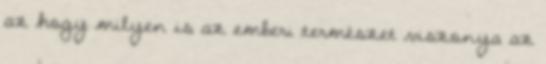
az hogy milyen is az emberi természet viszonya az